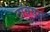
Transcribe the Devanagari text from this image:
टॉवसन